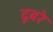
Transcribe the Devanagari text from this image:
दूबरे